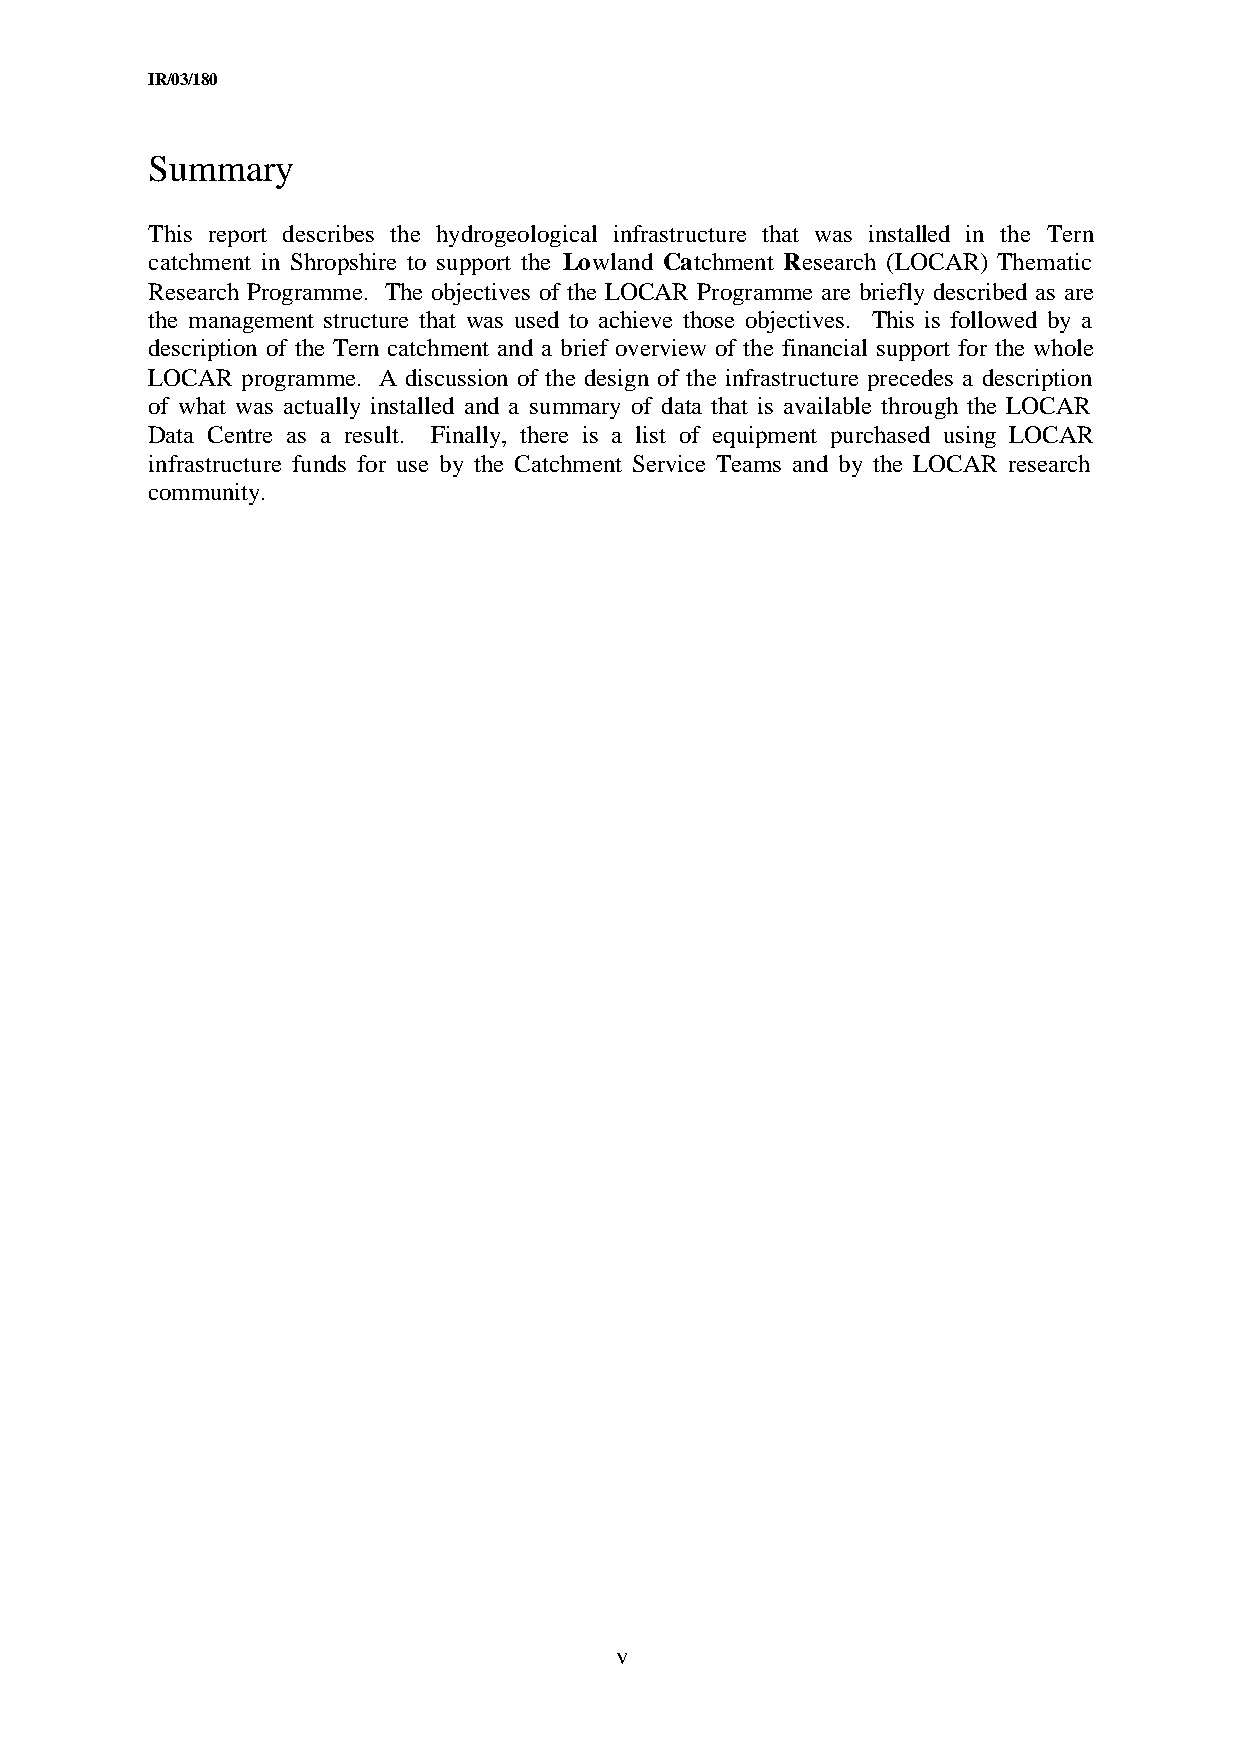
IR/03/180
 Summary
 This report describes the hydrogeological infrastructure that was installed in the Tern
 catchment in Shropshire to support the Lowland Catchment Research (LOCAR) Thematic
 Research Programme. The objectives of the LOCAR Programme are briefly described as are
 the management structure that was used to achieve those objectives. This is followed by a
 description of the Tern catchment and a brief overview of the financial support for the whole
 LOCAR programme. A discussion of the design of the infrastructure precedes a description
 of what was actually installed and a summary of data that is available through the LOCAR
 Data Centre as a result. Finally, there is a list of equipment purchased using LOCAR
 infrastructure funds for use by the Catchment Service Teams and by the LOCAR research
 community.
 v